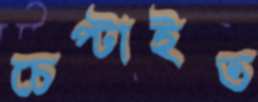
চেপ্‌টাইত